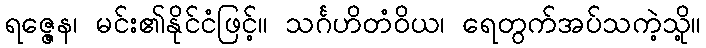
ရဇ္ဇေန၊ မင်း၏နိုင်ငံဖြင့်။ သင်္ဂဟိတံဝိယ၊ ရေတွက်အပ်သကဲ့သို့။